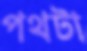
পথটা